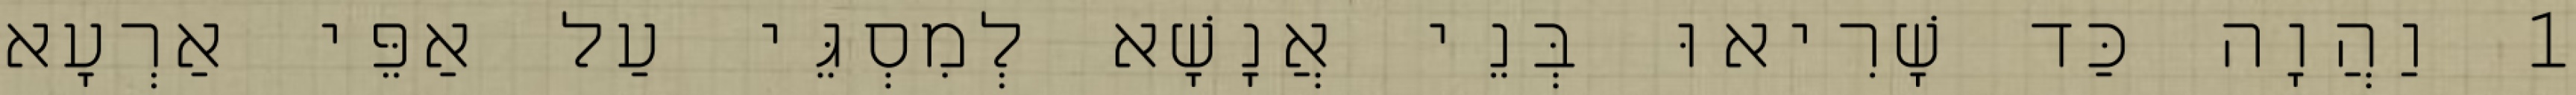
1 וַהֲוָה כַּד שָׁרִיאוּ בְּנֵי אֲנָשָׁא לְמִסְגֵּי עַל אַפֵּי אַרְעָא